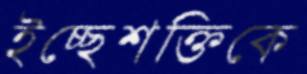
ইচ্ছেশক্তিকে